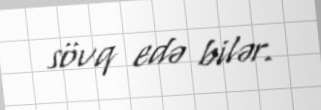
sövq edə bilər.